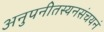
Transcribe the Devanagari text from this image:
अनुपनीतस्यनसंचयनं